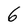
Character: 6